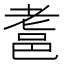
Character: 𨚻